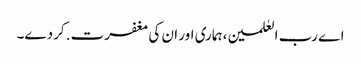
اے رب العٰلمین، ہماری اور ان کی مغفرت. کردے۔